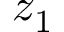
z _ { 1 }